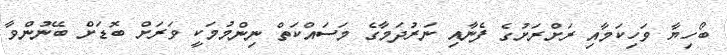
ބޯހިޔާ ވަހިކަމާއި ރަށްރަށުގެ ފެނާއި ނަރުދަމާގެ މަސައްކަތް ނިންމުމަކީ ވަރަށް ބޮޑަށް ބޭނުންވާ